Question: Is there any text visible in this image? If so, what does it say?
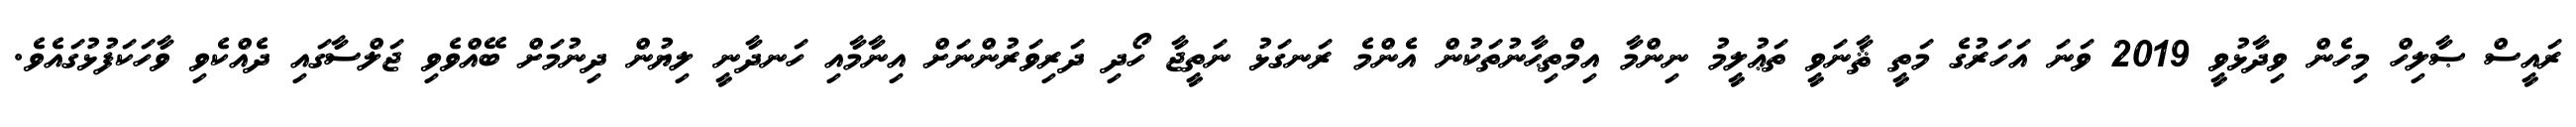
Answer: ރައީސް ޞާލިހް މިހެން ވިދާޅުވީ 2019 ވަނަ އަހަރުގެ މަތީ ޘާނަވީ ތަޢުލީމު ނިންމާ އިމްތިޙާނުތަކުން އެންމެ ރަނގަޅު ނަތީޖާ ހޯދި ދަރިވަރުންނަށް އިނާމާއި ހަނދާނީ ލިޔުން ދިނުމަށް ބޭއްވެވި ޖަލްސާގައި ދެއްކެވި ވާހަކަފުޅުގައެވެ.